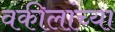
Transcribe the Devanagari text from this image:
वकीलांच्या